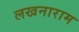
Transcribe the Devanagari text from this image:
लखनाराम